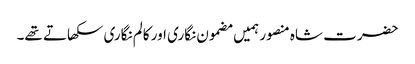
حضرت شاہ منصور ہمیں مضمون نگاری اور کالم نگاری سکھاتے تھے۔